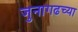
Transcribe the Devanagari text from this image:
जुनागढच्या